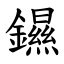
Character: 䥪